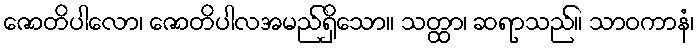
ဇောတိပါလော၊ ဇောတိပါလအမည်ရှိသော။ သတ္ထာ၊ ဆရာသည်။ သာဝကာနံ၊